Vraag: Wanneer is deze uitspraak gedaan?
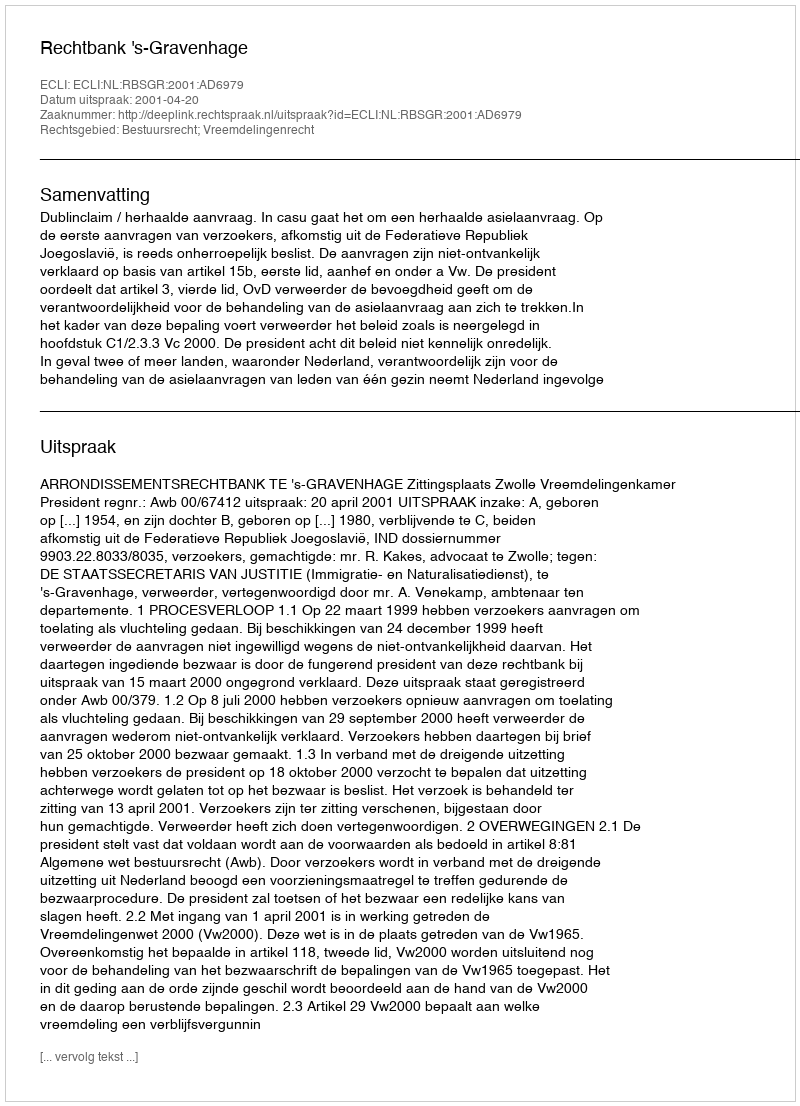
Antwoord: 2001-04-20